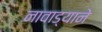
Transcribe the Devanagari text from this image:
नावाड्याने